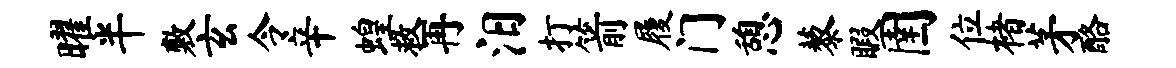
曜半敷玄令辛蝗救再汨打箭履门憩藜暇圉位楮茅酪